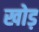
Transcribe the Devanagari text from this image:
खोड़